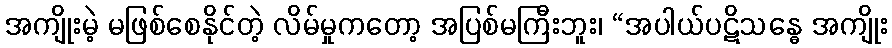
အကျိုးမဲ့ မဖြစ်စေနိုင်တဲ့ လိမ်မှုကတော့ အပြစ်မကြီးဘူး၊ “အပါယ်ပဋိသန္ဓေ အကျိုး